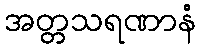
အတ္တသရဏာနံ